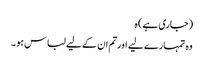
(جاری ہے) ہ
وہ تمہارے لیے اورتم ان کے لیے لباس ہو۔